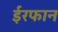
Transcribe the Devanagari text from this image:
ईरफान